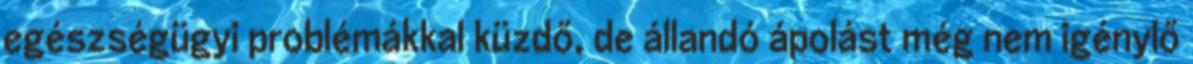
egészségügyi problémákkal küzdő, de állandó ápolást még nem igénylő